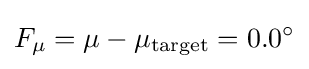
F_{\mu }=\mu -\mu _{\text{target}}=0.0^{\circ }